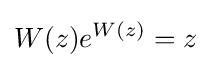
W(z)e^{W(z)}=z